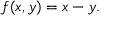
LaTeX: f ( x , y ) = x - y .